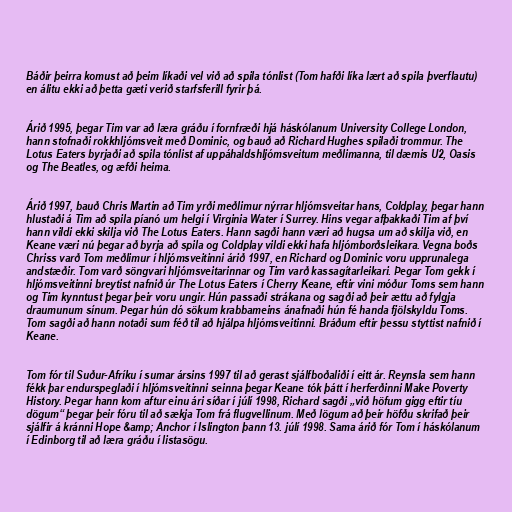
Báðir þeirra komust að þeim líkaði vel við að spila tónlist (Tom hafði líka lært að spila þverflautu)
en álitu ekki að þetta gæti verið starfsferill fyrir þá.

Árið 1995, þegar Tim var að læra gráðu í fornfræði hjá háskólanum University College London,
hann stofnaði rokkhljómsveit með Dominic, og bauð að Richard Hughes spilaði trommur. The
Lotus Eaters byrjaði að spila tónlist af uppáhaldshljómsveitum meðlimanna, til dæmis U2, Oasis
og The Beatles, og æfði heima.

Árið 1997, bauð Chris Martin að Tim yrði meðlimur nýrrar hljómsveitar hans, Coldplay, þegar hann
hlustaði á Tim að spila píanó um helgi í Virginia Water í Surrey. Hins vegar afþakkaði Tim af því
hann vildi ekki skilja við The Lotus Eaters. Hann sagði hann væri að hugsa um að skilja við, en
Keane væri nú þegar að byrja að spila og Coldplay vildi ekki hafa hljómborðsleikara. Vegna boðs
Chriss varð Tom meðlimur í hljómsveitinni árið 1997, en Richard og Dominic voru upprunalega
andstæðir. Tom varð söngvari hljómsveitarinnar og Tim varð kassagítarleikari. Þegar Tom gekk í
hljómsveitinni breytist nafnið úr The Lotus Eaters í Cherry Keane, eftir vini móður Toms sem hann
og Tim kynntust þegar þeir voru ungir. Hún passaði strákana og sagði að þeir ættu að fylgja
draumunum sínum. Þegar hún dó sökum krabbameins ánafnaði hún fé handa fjölskyldu Toms.
Tom sagði að hann notaði sum féð til að hjálpa hljómsveitinni. Bráðum eftir þessu styttist nafnið í
Keane.

Tom fór til Suður-Afríku í sumar ársins 1997 til að gerast sjálfboðaliði í eitt ár. Reynsla sem hann
fékk þar endurspeglaði í hljómsveitinni seinna þegar Keane tók þátt í herferðinni Make Poverty
History. Þegar hann kom aftur einu ári síðar í júlí 1998, Richard sagði „við höfum gigg eftir tíu
dögum“ þegar þeir fóru til að sækja Tom frá flugvellinum. Með lögum að þeir höfðu skrifað þeir
sjálfir á kránni Hope &amp; Anchor í Islington þann 13. júlí 1998. Sama árið fór Tom í háskólanum
í Edinborg til að læra gráðu í listasögu.